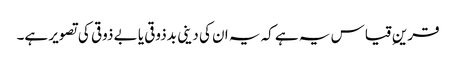
قرینِ قیاس یہ ہے کہ یہ ان کی دینی بدذوقی یا بے ذوقی کی تصویر ہے۔